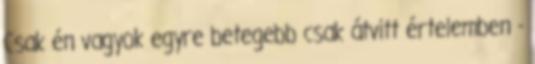
Csak én vagyok egyre betegebb csak átvitt értelemben -